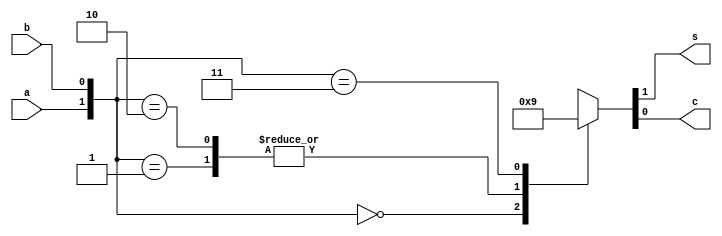
module half_adder( a, b, s, c);

input a, b;
output s, c;

reg s,c;
//------------------------------------------------------
//   half_adder 
//always @(a or b)     
//begin
//    if (a==b) s = 0;
//    else s =1;
    
//    if (a==1 && b==1) c=1;
//    else c=0;
//  end 
  
//  endmodule
//------------------------------------------------------
//  6.5)   
//always @(*)
//begin

// c = a&b;
// s = (a&(~b)) + ((~a)&b);
//end
//endmodule
//------------------------------------------------------
//  6.6) case  
always @(*)begin
case({a,b})   

    2'b00 : {s,c} = 2'b00;
    2'b01 : {s,c} = 2'b10;
    2'b10 : {s,c} = 2'b10;
    2'b11 : {s,c} = 2'b01;
    
   
endcase
end
endmodule